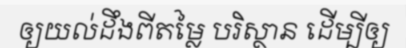
ឲ្យយល់ដឹងពីតម្លៃ បរិស្ថាន ដើម្បីឲ្យ